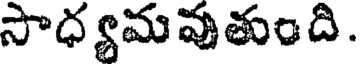
సాధ్యమవుతుంది.